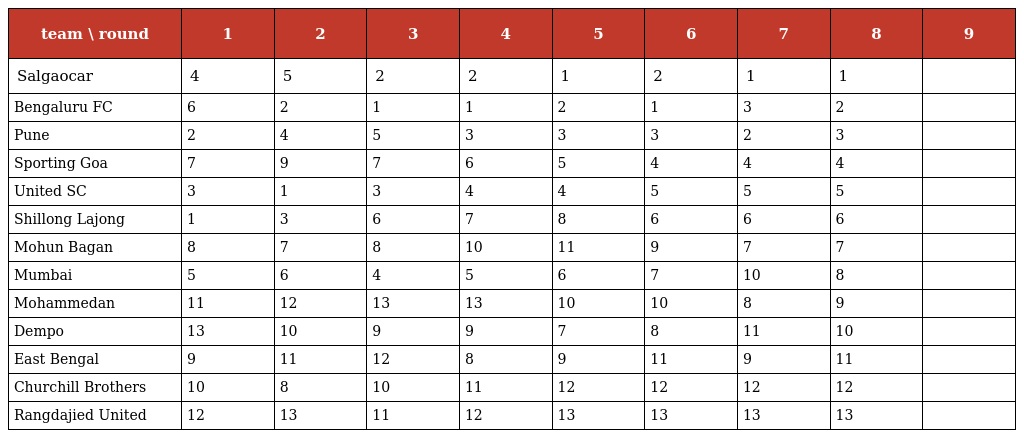
| team \ round | 1 | 2 | 3 | 4 | 5 | 6 | 7 | 8 | 9 |
 | --- | --- | --- | --- | --- | --- | --- | --- | --- | --- |
 | Salgaocar | 4 | 5 | 2 | 2 | 1 | 2 | 1 | 1 |  |
 | Bengaluru FC | 6 | 2 | 1 | 1 | 2 | 1 | 3 | 2 |  |
 | Pune | 2 | 4 | 5 | 3 | 3 | 3 | 2 | 3 |  |
 | Sporting Goa | 7 | 9 | 7 | 6 | 5 | 4 | 4 | 4 |  |
 | United SC | 3 | 1 | 3 | 4 | 4 | 5 | 5 | 5 |  |
 | Shillong Lajong | 1 | 3 | 6 | 7 | 8 | 6 | 6 | 6 |  |
 | Mohun Bagan | 8 | 7 | 8 | 10 | 11 | 9 | 7 | 7 |  |
 | Mumbai | 5 | 6 | 4 | 5 | 6 | 7 | 10 | 8 |  |
 | Mohammedan | 11 | 12 | 13 | 13 | 10 | 10 | 8 | 9 |  |
 | Dempo | 13 | 10 | 9 | 9 | 7 | 8 | 11 | 10 |  |
 | East Bengal | 9 | 11 | 12 | 8 | 9 | 11 | 9 | 11 |  |
 | Churchill Brothers | 10 | 8 | 10 | 11 | 12 | 12 | 12 | 12 |  |
 | Rangdajied United | 12 | 13 | 11 | 12 | 13 | 13 | 13 | 13 |  |